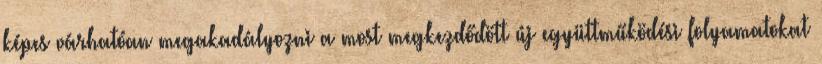
képes várhatóan megakadályozni a most megkezdődött új együttműködési folyamatokat